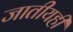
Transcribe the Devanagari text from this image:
जातीयही